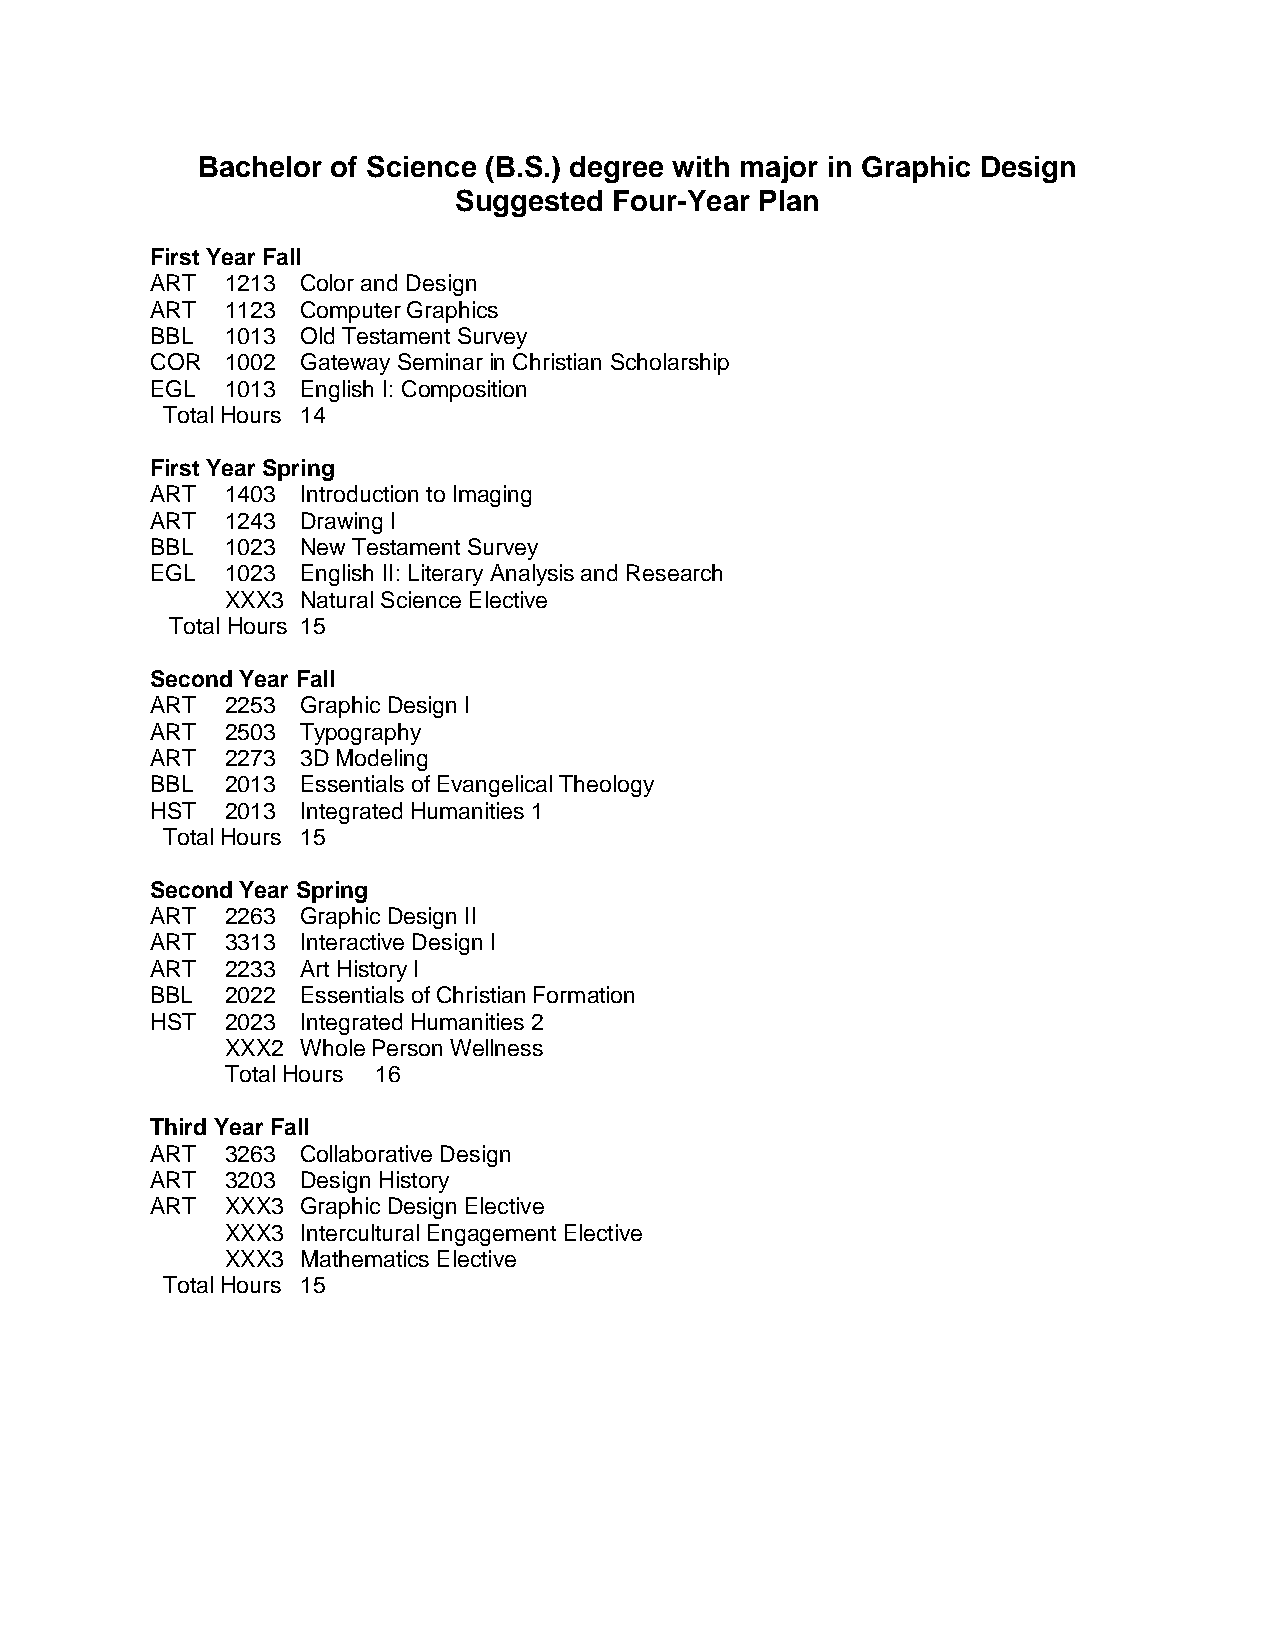
Bachelor of Science (B.S.) degree with major in Graphic Design
 Suggested  Four-Year Plan
 First Year Fall
 ART  1213 Color and Design
 ART  1123 Computer Graphics
 BBL  1013 Old Testament Survey
 COR  1002 Gateway Seminar in Christian Scholarship
 EGL  1013 English I: Composition
 Total Hours 14
 First Year Spring
 ART  1403 Introduction to Imaging
 ART  1243 Drawing I
 BBL  1023 New Testament Survey
 EGL  1023 English II: Literary Analysis and Research
 XXX3 Natural Science Elective
 Total Hours 15
 Second Year Fall
 ART  2253 Graphic Design I
 ART  2503 Typography
 ART  2273 3D Modeling
 BBL  2013 Essentials of Evangelical Theology
 HST  2013 Integrated Humanities 1
 Total Hours 15
 Second Year Spring
 ART  2263 Graphic Design II
 ART  3313 Interactive Design I
 ART  2233 Art History I
 BBL  2022 Essentials of Christian Formation
 HST  2023 Integrated Humanities 2
 XXX2 Whole Person Wellness
 Total Hours 16
 Third Year Fall
 ART  3263 Collaborative Design
 ART  3203 Design History
 ART  XXX3 Graphic Design Elective
 XXX3 Intercultural Engagement Elective
 XXX3 Mathematics Elective
 Total Hours 15